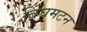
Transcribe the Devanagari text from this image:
बिंघमटन